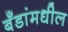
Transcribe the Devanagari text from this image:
बँडांमधील